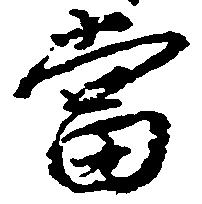
当